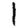
Digit: 1